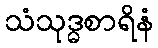
သံသုဒ္ဓစာရိနံ